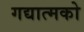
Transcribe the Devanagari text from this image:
गद्यात्‍मको